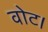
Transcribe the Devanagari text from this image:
वोट।